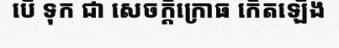
បើ ទុក ជា សេចក្តីក្រោធ កើតឡើង